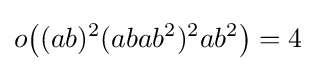
o{\bigl (}(ab)^{2}(abab^{2})^{2}ab^{2}{\bigr )}=4